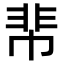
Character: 𩇪